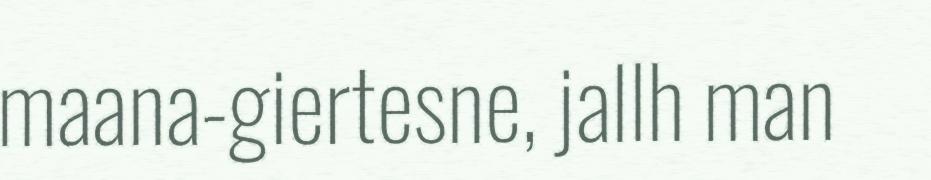
maana-giertesne, jallh man